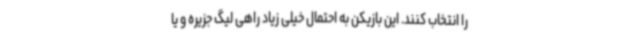
را انتخاب کنند. این بازیکن به احتمال خیلی زیاد راهی لیگ جزیره و یا